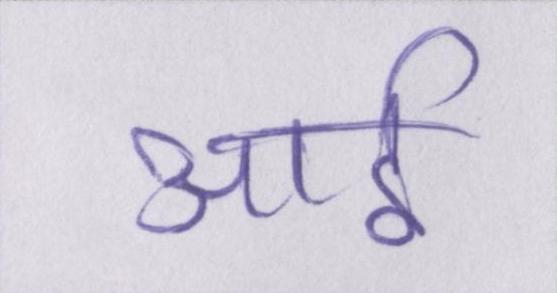
आई